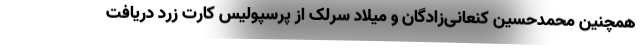
همچنین محمدحسین کنعانی‌زادگان و میلاد سرلک از پرسپولیس کارت زرد دریافت